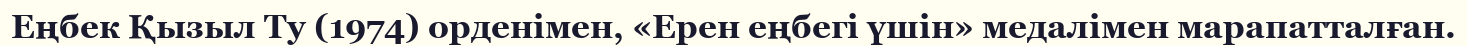
Еңбек Қызыл Ту (1974) орденімен, «Ерен еңбегі үшін» медалімен марапатталған.